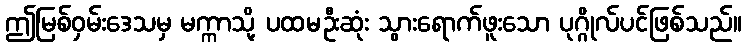
ဤမြစ်ဝှမ်းဒေသမှ မက္ကာသို့ ပထမဦးဆုံး သွားရောက်ဖူးသော ပုဂ္ဂိုလ်ပင်ဖြစ်သည်။